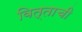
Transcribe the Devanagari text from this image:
वित्ताची